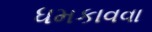
ધમકાવવા